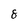
Character: 8